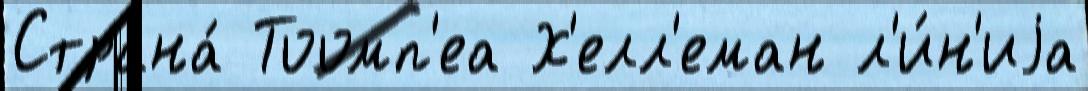
Страна́ Тоомп'еа Х'елл'еман л'и́н'иjа